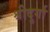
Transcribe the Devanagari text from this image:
श्रीदुर्गा